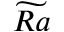
\widetilde { R a }